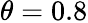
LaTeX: \theta=0.8